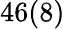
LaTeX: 46(8)